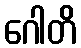
ဂေါတိ